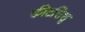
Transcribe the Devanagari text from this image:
कीटशिशु